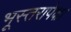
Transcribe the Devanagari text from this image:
भूस्तरापेक्षा